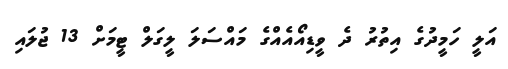
އަލީ ހަމީދުގެ އިތުރު ދެ ވީޑިއޯއެއްގެ މައްސަލަ ލީގަލް ޓީމަށް 13 ޖުލައި